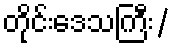
တိုင်းဒေသကြီး/